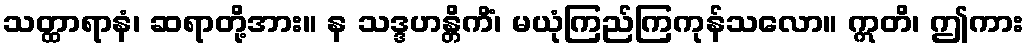
သတ္ထာရာနံ၊ ဆရာတို့အား။ န သဒ္ဒဟန္တိကိံ၊ မယုံကြည်ကြကုန်သလော။ ဣတိ၊ ဤကား